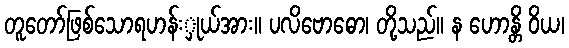
တူတော်ဖြစ်သောရဟန်းှုယ်အား။ ပလိဗောဓော၊ တို့သည်။ န ဟောန္တိ ဝိယ၊